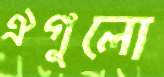
ঐগুলো